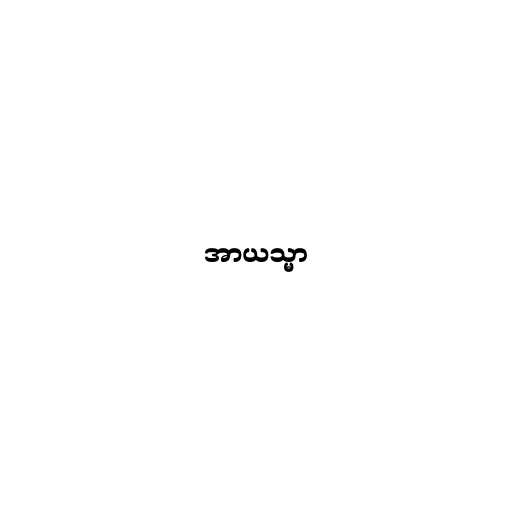
အာယသ္မာ